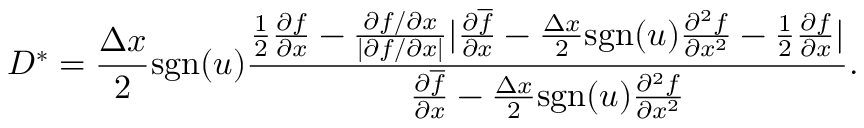
D ^ { \ast } = \frac { \Delta x } { 2 } \mathrm { s g n } ( u ) \frac { \frac { 1 } { 2 } \frac { \partial f } { \partial x } - \frac { \partial f / \partial x } { | \partial f / \partial x | } | \frac { \partial \overline { { f } } } { \partial x } - \frac { \Delta x } { 2 } \mathrm { s g n } ( u ) \frac { \partial ^ { 2 } f } { \partial x ^ { 2 } } - \frac { 1 } { 2 } \frac { \partial f } { \partial x } | } { \frac { \partial \overline { { f } } } { \partial x } - \frac { \Delta x } { 2 } \mathrm { s g n } ( u ) \frac { \partial ^ { 2 } f } { \partial x ^ { 2 } } } .